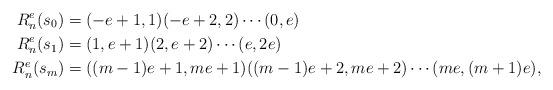
LaTeX: \begin{align*}R^e_n(s_0)& =(-e+1,1)(-e+2,2)\cdots (0,e)\\R^e_n(s_1)& =(1,e+1)(2,e+2)\cdots (e,2e)\\R^e_n(s_m)& =((m-1)e+1,me+1)((m-1)e+2,me+2)\cdots (me,(m+1)e), \end{align*}